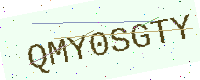
Text: QMY0SGTY